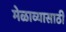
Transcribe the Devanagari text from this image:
मेळाव्यासाठी